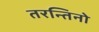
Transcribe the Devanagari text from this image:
तरन्तिनो